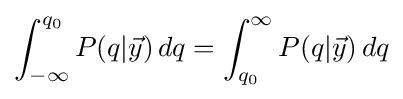
\int _{-\infty }^{q_{0}}P(q|{\vec {y}})\,dq=\int _{q_{0}}^{\infty }P(q|{\vec {y}})\,dq